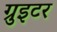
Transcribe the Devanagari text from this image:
ग्रुइटर